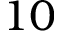
1 0